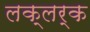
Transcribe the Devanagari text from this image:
लक्लर्क